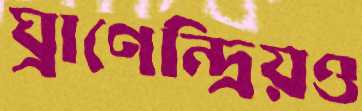
ঘ্রাণেন্দ্রিয়ও